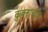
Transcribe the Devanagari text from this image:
कुक्टाचकि